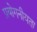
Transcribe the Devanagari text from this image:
प्रयोगनीयता